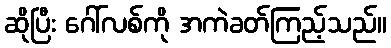
ဆိုပြီး ဂေါ်လစ်ကို အကဲခတ်ကြည့်သည်။